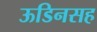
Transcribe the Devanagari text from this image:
ऊडिनसह